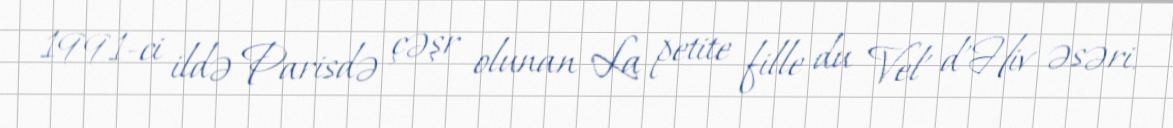
1991-ci ildə Parisdə çəşr olunan La petite fille du Vel' d'Hiv əsəri.